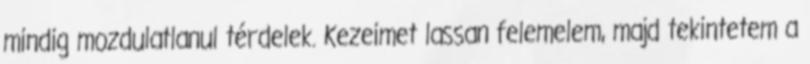
mindig mozdulatlanul térdelek. Kezeimet lassan felemelem, majd tekintetem a